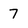
Character: 7